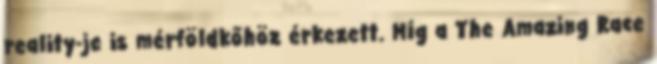
reality-je is mérföldkőhöz érkezett. Míg a The Amazing Race